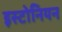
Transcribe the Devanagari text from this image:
इस्टोनियन